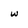
Character: w